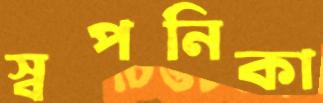
স্বপনিকা